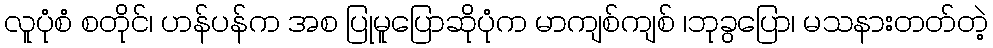
လူပုံစံ စတိုင်၊ ဟန်ပန်က အစ ပြုမူပြောဆိုပုံက မာကျစ်ကျစ် ၊ဘုခွပြော၊ မသနားတတ်တဲ့